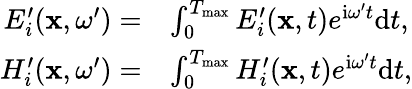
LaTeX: \begin{array}{rl}{E_{i}^{\prime}(\mathbf{x},\omega^{\prime})=}&{\int_{0}^{T_{\operatorname*{max}}}E_{i}^{\prime}(\mathbf{x},t)e^{\mathrm{i}\omega^{\prime}t}\mathrm{d}t,}\\ {H_{i}^{\prime}(\mathbf{x},\omega^{\prime})=}&{\int_{0}^{T_{\operatorname*{max}}}H_{i}^{\prime}(\mathbf{x},t)e^{\mathrm{i}\omega^{\prime}t}\mathrm{d}t,}\end{array}